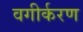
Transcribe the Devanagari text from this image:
वगीर्करण